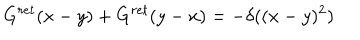
LaTeX: G ^ { r e t } ( x - y ) + G ^ { r e t } ( y - x ) = - \delta ( ( x - y ) ^ { 2 } )